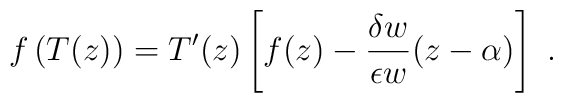
f\left( T(z)\right) =T'(z) \left[ f(z) -\frac{\delta w}{\epsilon w}(z-\alpha )\right] \ .